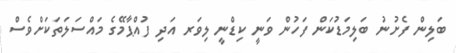
ބަލިން ފެށުނު ބަލިމަޑުކަން ފަހުން ވަނީ ކިޑްނީ ލިވަރ އަދި ފުއްޕާމޭގެ މައްސަލަތަކަށްވެސް